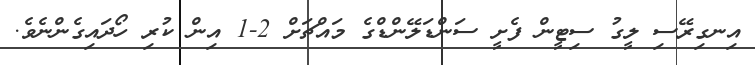
އިނގިރޭސި ލީގު ސިޓީން ފެށީ ސަންޑަލޭންޑްގެ މައްޗަށް 2-1 އިން ކުރި ހޯދައިގެންނެވެ.